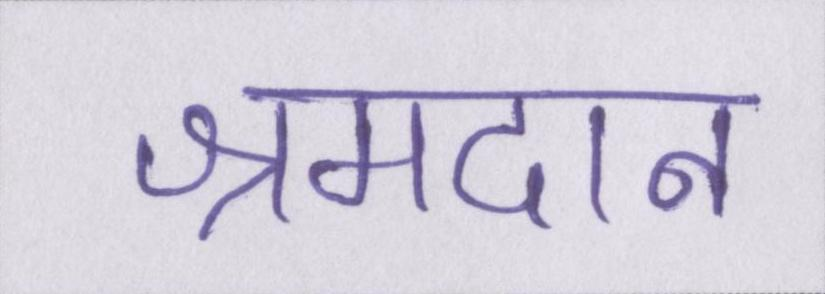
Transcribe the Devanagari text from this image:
श्रमदान